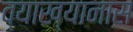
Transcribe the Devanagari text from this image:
व्याख्यानास